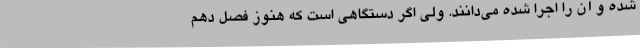
شده و آن را اجرا شده می‌دانند. ولی اگر دستگاهی است که هنوز فصل دهم